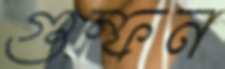
গুম্ফন